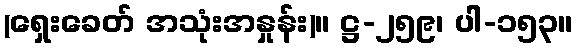
(ရှေးခေတ် အသုံးအနှုန်း)။ ဋ္ဌ-၂၅၉၊ ပါ-၁၅၃။